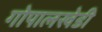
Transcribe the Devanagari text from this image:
गोपालखेडी